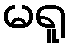
မရူ